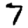
Digit: 7